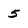
Character: 5